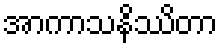
အာကာသနိဿိတာ